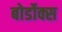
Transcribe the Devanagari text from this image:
बोर्डोक्स